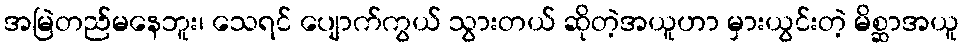
အမြဲတည်မနေဘူး၊ သေရင် ပျောက်ကွယ် သွားတယ် ဆိုတဲ့အယူဟာ မှားယွင်းတဲ့ မိစ္ဆာအယူ